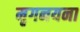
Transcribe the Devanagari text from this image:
मृगनयना